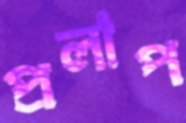
প্রলাপ